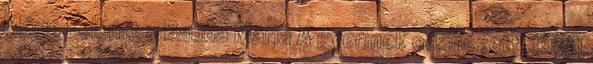
Mária Felbútt a Babba Mária A gyermek odanézett. Kicsi